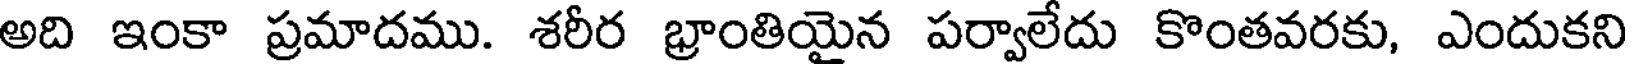
అది ఇంకా ప్రమాదము. శరీర భ్రాంతియైన పర్వాలేదు కొంతవరకు, ఎందుకని